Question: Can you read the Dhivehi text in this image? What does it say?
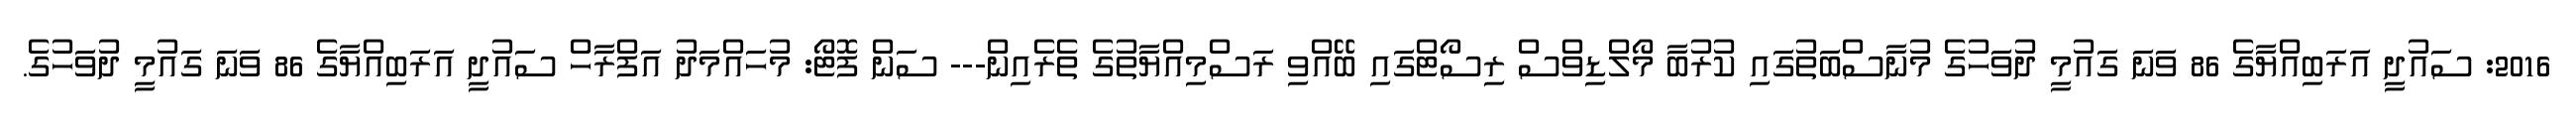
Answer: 2016: ސައުދީ އަރަބިއްޔާގެ 86 ވަނަ ގައުމީ ދުވަހުގެ މުނާސްބަތުގައި ކުރުބާ މޯލްޑިވްސް ރިސޯޓްގައި ބޭއްވި ރަސްމިއްޔާތުގެ ތެރެއިން--- ސަން ފޮޓޯ: މުހައްމަދު އަފްރާހް ސައުދީ އަރަބިއްޔާގެ 86 ވަނަ ގައުމީ ދުވަހުގެ.